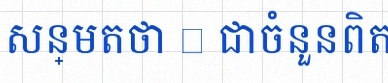
សន្មតថា x ជាចំនួនពិត